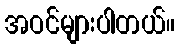
အဝင်များပါတယ်။